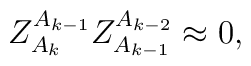
Z^{A_{k-1}}_{A_{k}} Z^{A_{k-2}}_{A_{k-1}} \approx 0,